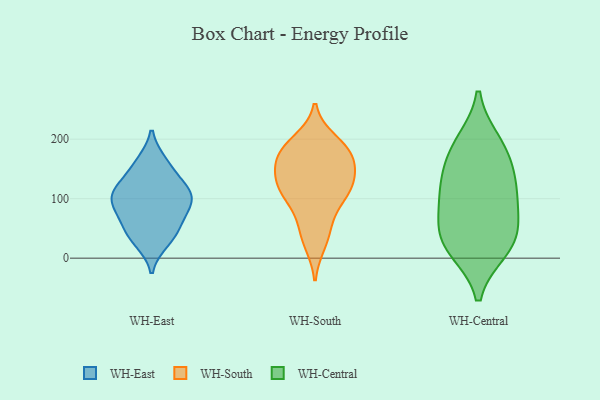
{"axis": {"x": "LTV (USD)", "y": "Value"}, "legend": ["WH-Central", "WH-East", "WH-South"], "data": [{"x": "", "y": 70, "type": "WH-East"}, {"x": "", "y": 103, "type": "WH-East"}, {"x": "", "y": 101, "type": "WH-East"}, {"x": "", "y": 103, "type": "WH-East"}, {"x": "", "y": 121, "type": "WH-East"}, {"x": "", "y": 122, "type": "WH-East"}, {"x": "", "y": 28, "type": "WH-East"}, {"x": "", "y": 161, "type": "WH-East"}, {"x": "", "y": 156, "type": "WH-East"}, {"x": "", "y": 71, "type": "WH-East"}, {"x": "", "y": 38, "type": "WH-East"}, {"x": "", "y": 45, "type": "WH-East"}, {"x": "", "y": 95, "type": "WH-East"}, {"x": "", "y": 173, "type": "WH-South"}, {"x": "", "y": 158, "type": "WH-South"}, {"x": "", "y": 66, "type": "WH-South"}, {"x": "", "y": 196, "type": "WH-South"}, {"x": "", "y": 95, "type": "WH-South"}, {"x": "", "y": 115, "type": "WH-South"}, {"x": "", "y": 124, "type": "WH-South"}, {"x": "", "y": 125, "type": "WH-South"}, {"x": "", "y": 183, "type": "WH-South"}, {"x": "", "y": 177, "type": "WH-South"}, {"x": "", "y": 26, "type": "WH-South"}, {"x": "", "y": 112, "type": "WH-South"}, {"x": "", "y": 126, "type": "WH-South"}, {"x": "", "y": 183, "type": "WH-South"}, {"x": "", "y": 40, "type": "WH-South"}, {"x": "", "y": 154, "type": "WH-South"}, {"x": "", "y": 31, "type": "WH-Central"}, {"x": "", "y": 26, "type": "WH-Central"}, {"x": "", "y": 51, "type": "WH-Central"}, {"x": "", "y": 16, "type": "WH-Central"}, {"x": "", "y": 101, "type": "WH-Central"}, {"x": "", "y": 152, "type": "WH-Central"}, {"x": "", "y": 182, "type": "WH-Central"}, {"x": "", "y": 193, "type": "WH-Central"}, {"x": "", "y": 121, "type": "WH-Central"}, {"x": "", "y": 98, "type": "WH-Central"}]}